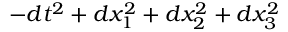
- d t ^ { 2 } + d x _ { 1 } ^ { 2 } + d x _ { 2 } ^ { 2 } + d x _ { 3 } ^ { 2 }